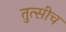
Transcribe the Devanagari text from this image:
तुत्‍सीच